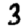
Digit: 3